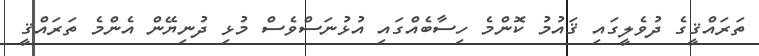
ތަރައްޤީގެ ދުވެލީގައި ޤައުމު ކޮންމެ ހިސާބެއްގައި އުޅުނަސްވެސް މުޅި ދުނިޔޭން އެންމެ ތަރައްޤީ